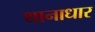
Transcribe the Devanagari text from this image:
थानाधार